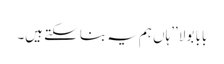
بابا بولا ’’ہاں ہم یہ بنا سکتے ہیں۔